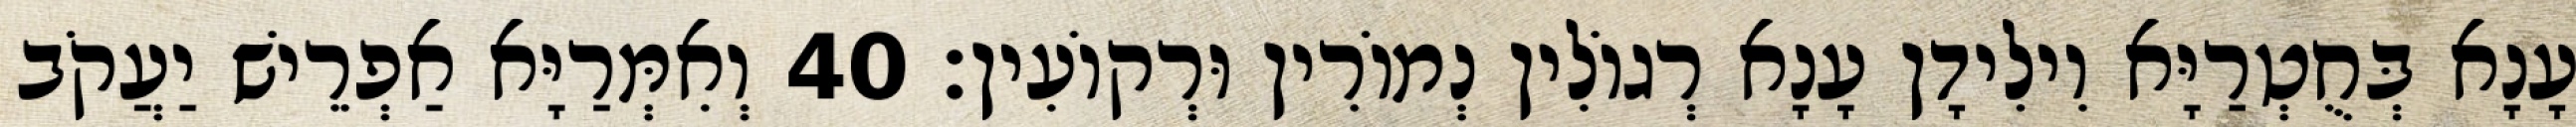
עָנָא בְּחֻטְרַיָּא וִילִידָן עָנָא רְגוֹלִין נְמוֹרִין וּרְקוֹעִין׃ 40 וְאִמְּרַיָּא אַפְרֵישׁ יַעֲקֹב